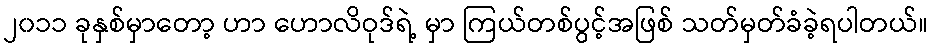
၂၀၁၁ ခုနှစ်မှာတော့ ဟာ ဟောလိဝုဒ်ရဲ့ မှာ ကြယ်တစ်ပွင့်အဖြစ် သတ်မှတ်ခံခဲ့ရပါတယ်။